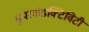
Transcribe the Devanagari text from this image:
सूपरकंडक्टिविटी